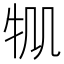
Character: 𤘷